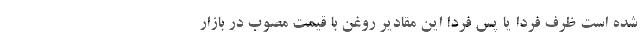
شده است ظرف فردا یا پس فردا این مقادیر روغن با قیمت مصوب در بازار